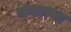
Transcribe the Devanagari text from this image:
कटाच्या